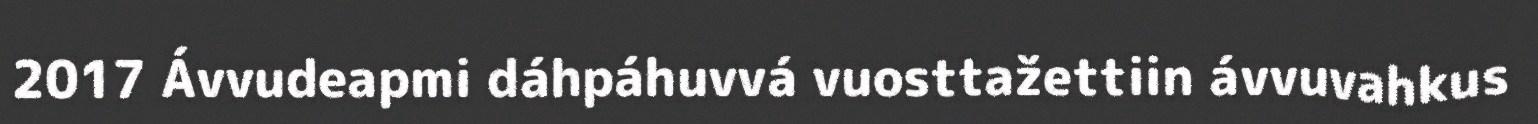
2017 Ávvudeapmi dáhpáhuvvá vuosttažettiin ávvuvahkus